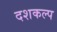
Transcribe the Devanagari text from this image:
दशकल्प